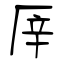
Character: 厗